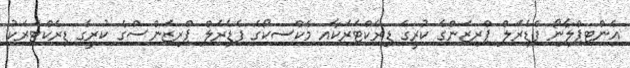
އެންޓިޕްލާނޯ ފެޑެރަލް ޕްރިޒަންގެ ކުރީގެ ޑިރެކްޓަރަކާއި މެކްސިކޯގެ ފެޑެރަލް ޕްރިޒަންސްގެ ކުރީގެ ޑިރެކްޓަރަކު